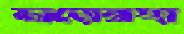
জাম্বোয়াঙ্গা